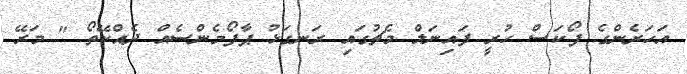
އަހަރެންގެ ފޯކަސް ހުރީ ފައިނަލް މެޗުގައި ރަނގަޅު ޕާފޯމެންސެއް ދެއްކޭތޯ " މަރޭ